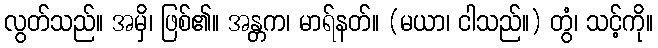
လွတ်သည်။ အမှိ၊ ဖြစ်၏။ အန္တက၊ မာရ်နတ်။ (မယာ၊ ငါသည်။) တွံ၊ သင့်ကို။